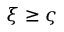
\xi \ge \varsigma